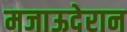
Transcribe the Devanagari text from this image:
मजाऊदेरान